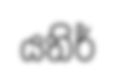
යතිර්